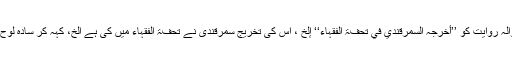
تنبیہ بلیغ: ایسی بے سند وبے حوالہ روایت کو ’’أخرجہ السمرقندي في تحفۃ الفقہاء‘‘ إلخ ، اس کی تخریج سمرقندی نے تحفۃ الفقہاء میں کی ہے الخ، کہہ کر سادہ لوح عوام کو دھوکا نہیں دینا چاہئے۔